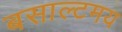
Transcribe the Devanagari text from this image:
बसाल्टमय